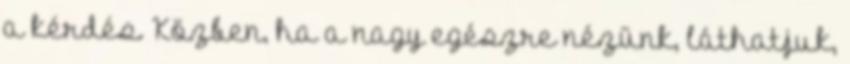
a kérdés. Közben, ha a nagy egészre nézünk, láthatjuk,